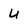
Character: u